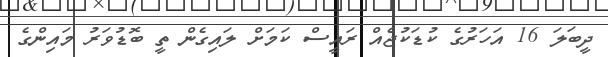
ދީބަލަ 16 އަހަރުގެ ކުޑަކުޖެއް ރައީސް ކަމަށް ލައިގެން ތީ ބޮޑުވަރު މައިންގެ